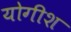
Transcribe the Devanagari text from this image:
योगीश